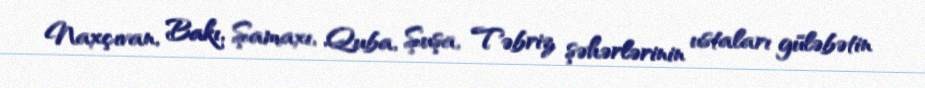
Naxçıvan, Bakı, Şamaxı, Quba, Şuşa, Təbriz şəhərlərinin ustaları güləbətin